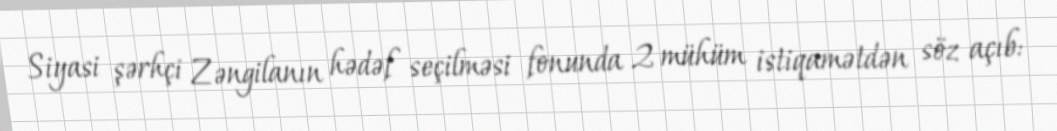
Siyasi şərhçi Zəngilanın hədəf seçilməsi fonunda 2 mühüm istiqamətdən söz açıb: